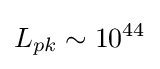
L_{pk}\sim 10^{44}